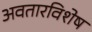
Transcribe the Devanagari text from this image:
अवतारविशेष